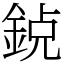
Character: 𨦸